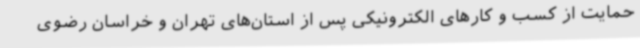
حمایت از کسب و کارهای الکترونیکی پس از استان‌های تهران و خراسان رضوی